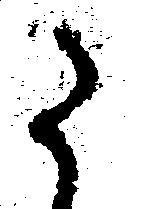
た